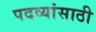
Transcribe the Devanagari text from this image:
पदव्यांसाठी